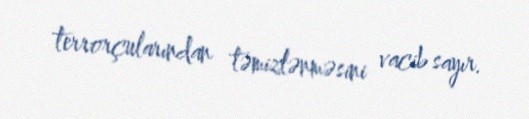
terrorçularından təmizlənməsini vacib sayır.